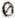
0